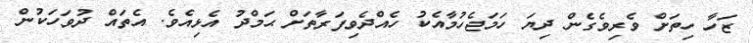
ޒަހާ ހިތަށް ވެރިވެގެން ދިޔަ ހަމަޖެހުމާއެކު ހެއްދެވިފަރާތަށް ޙަމްދު އެޅިއެވެ. އެތައް ދުވަހަކުން